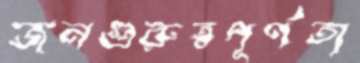
জনগুরুত্বপূর্ণতা